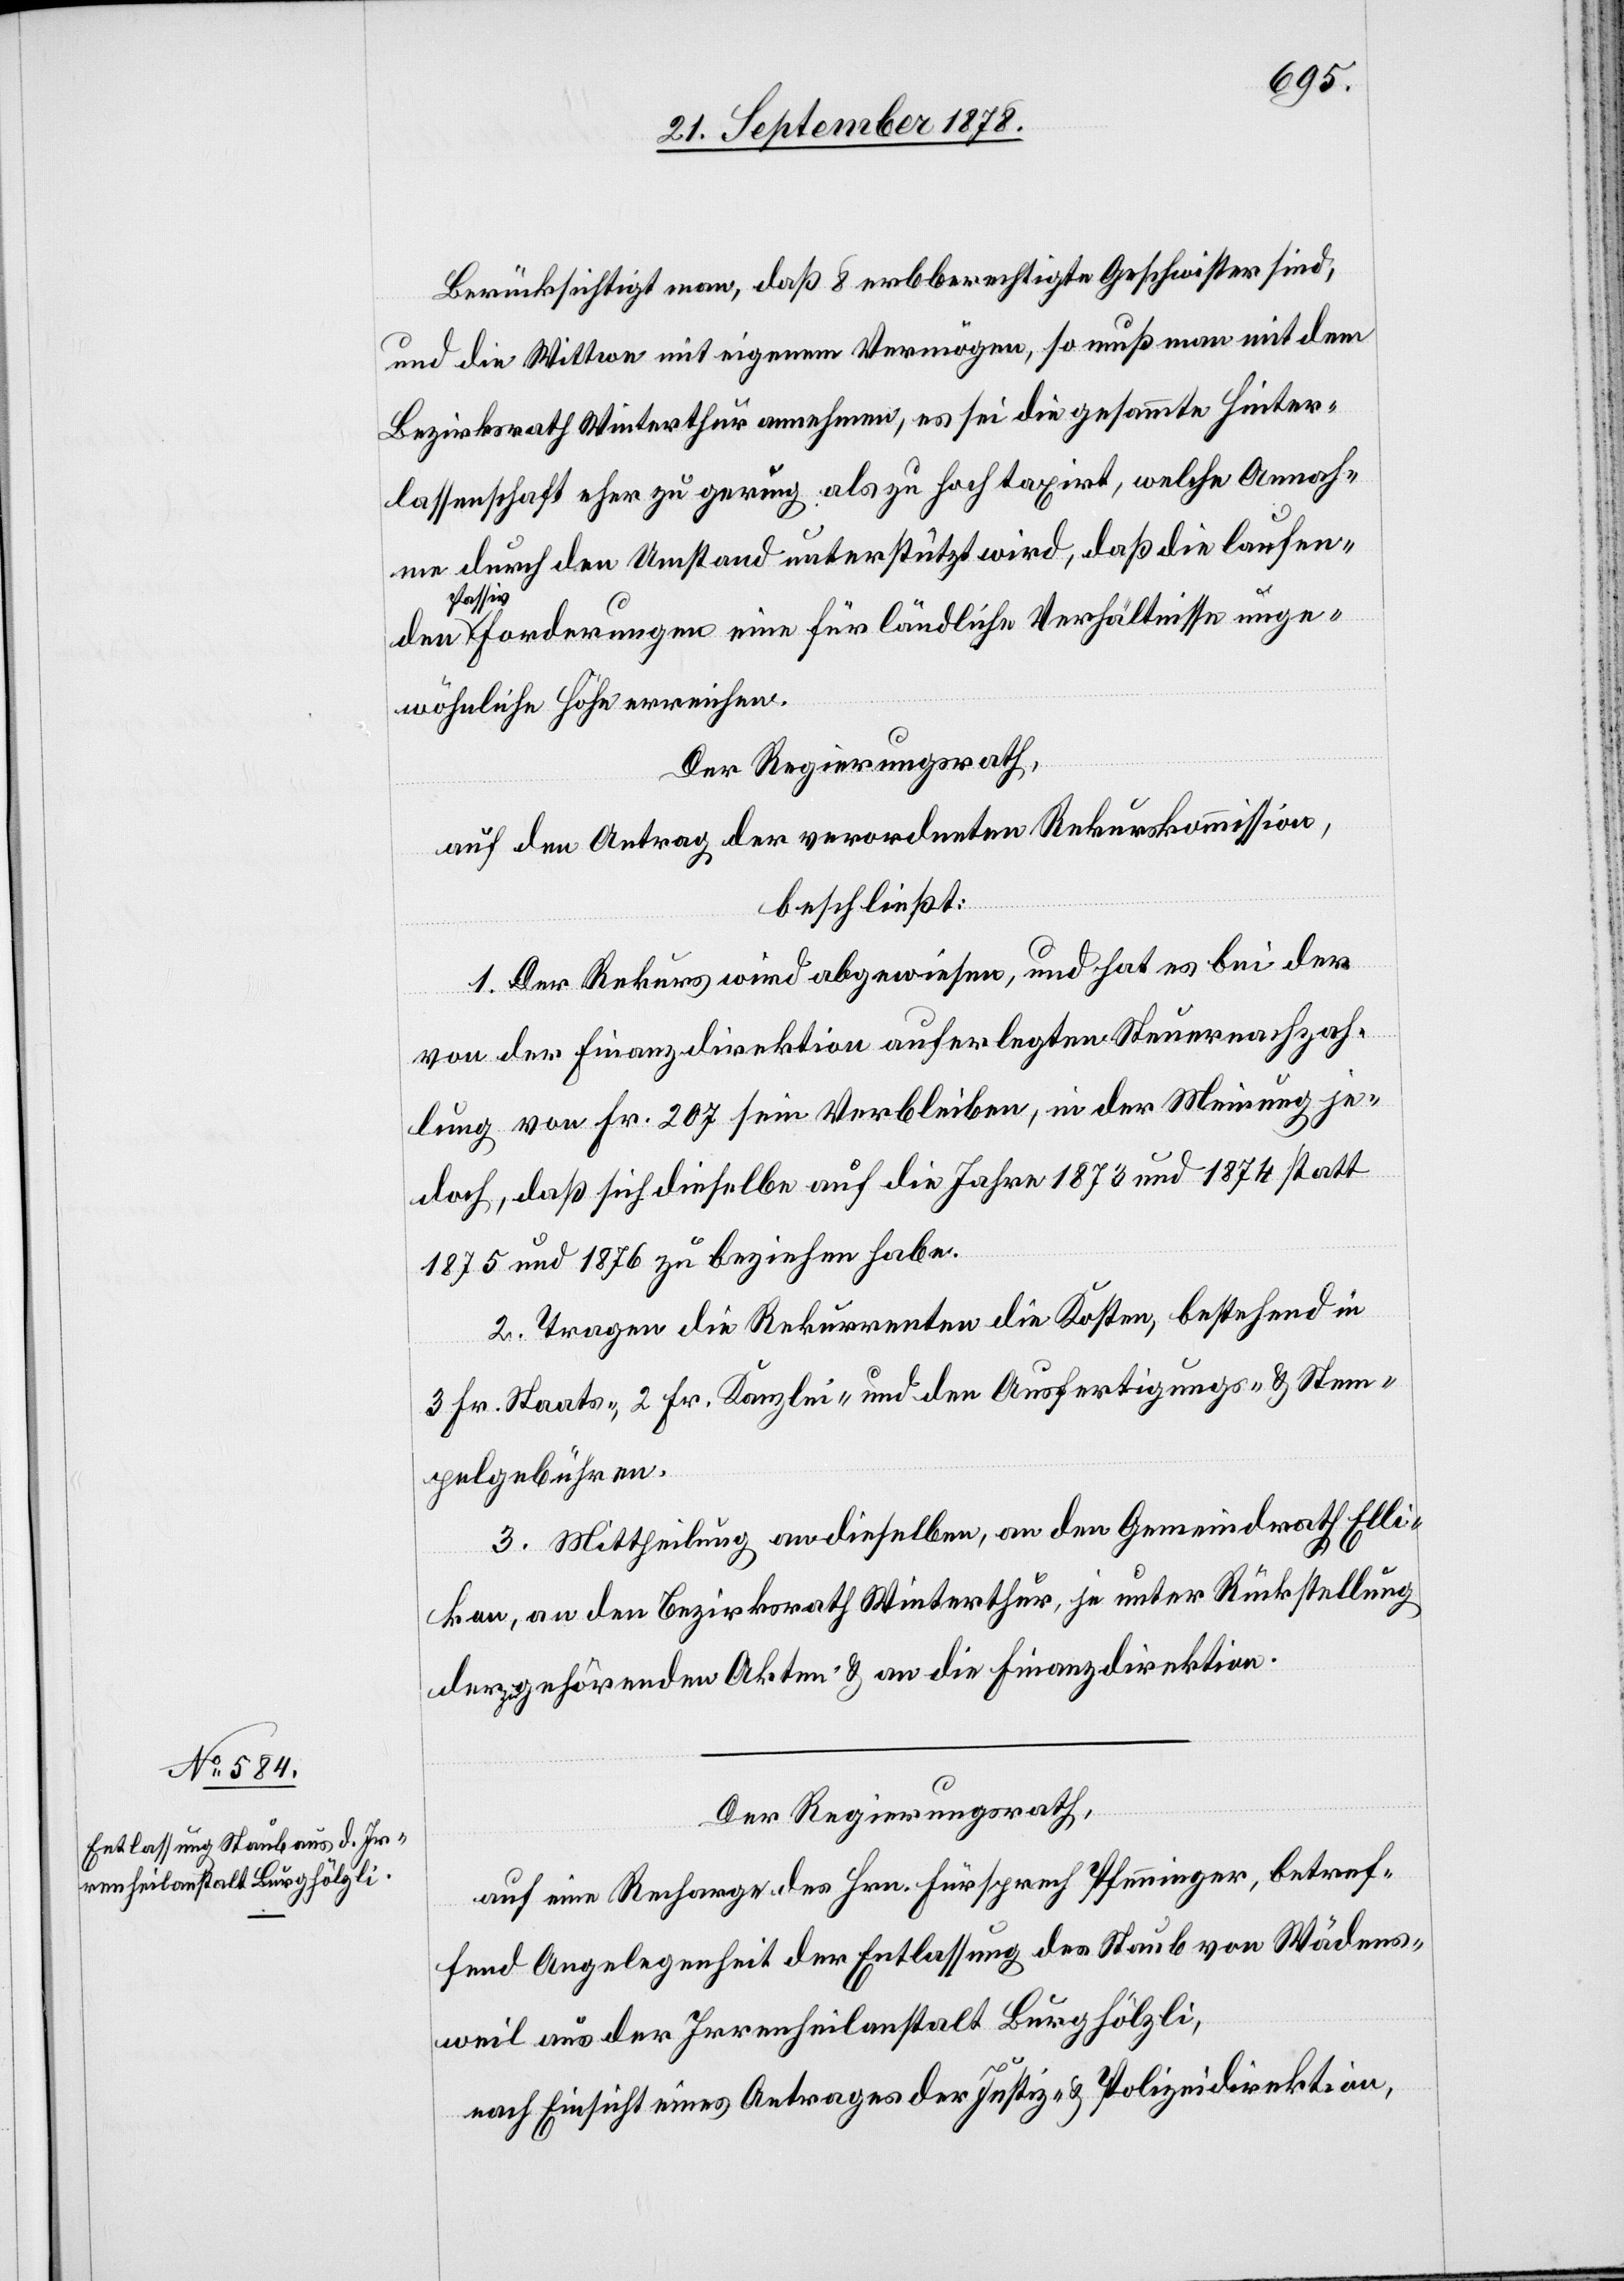
Berücksichtigt man, daß 8 erbberechtigte Geschwister sind,
und die Wittwe mit eigenem Vermögen, so muß man mit dem
Bezirksrath Winterthur annehmen, es sei die gesammte Hinter¬
lassenschaft eher zu gering als zu hoch taxirt, welche Annah¬
me durch den Umstand unterstützt wird, daß die laufen¬
Passi¬
vforderungen eine für ländliche Verhältnisse unge¬
wöhnliche Höhe erreichen.
Der Regierungsrath,
auf den Antrag der verordneten Rekurskommission,
beschließt:
1. Der Rekurs wird abgewiesen, und hat es bei der
von der Finanzdirektion auferlegten Steuernachzah¬
lung von Fr. 207 sein Verbleiben, in der Meinung je¬
doch, daß sich dieselbe auf die Jahre 1873 und 1874 statt
1875 und 1876 zu beziehen habe.
2. Tragen die Rekurrenten die Kosten, bestehend in
3 Fr. Staats-, 2 Fr. Kanzlei- und den Ausfertigungs- und Stem¬
pelgebühren.
3. Mittheilung an dieselben, an den Gemeindrath Elli¬
kon, an den Bezirksrath Winterthur, je unter Rückstellung
der zugehörenden Akten & an die Finanzdirektion.
den
Der Regierungsrath,
auf eine Recharge des Hrn. Fürsprech Pfenninger, betref¬
fend Angelegenheit der Entlassung des Staub von Wädens¬
weil aus der Irrenheilanstalt Burghölzli,
nach Einsicht eines Antrages der Justiz- & Polizeidirektion,